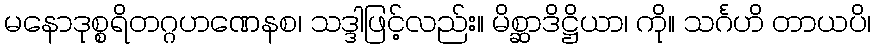
မနောဒုစ္စရိတဂ္ဂဟဏေနစ၊ သဒ္ဒါဖြင့်လည်း။ မိစ္ဆာဒိဋ္ဌိယာ၊ ကို။ သင်္ဂဟိ တာယပိ၊